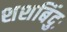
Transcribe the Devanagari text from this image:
शशबिंदुः